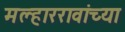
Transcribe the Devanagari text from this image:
मल्हाररावांच्या